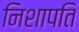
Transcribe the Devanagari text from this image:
निशापति